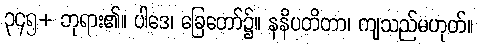
၃၄၅+ ဘုရား၏။ ပါဒေ၊ ခြေတော်၌။ နနိပတိတာ၊ ကျသည်မဟုတ်။